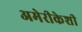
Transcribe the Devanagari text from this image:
अमेरीकेशी